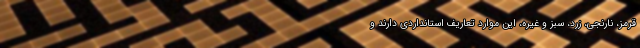
قرمز، نارنجی، زرد، سبز و غیره، این موارد تعاریف استانداردی دارند و